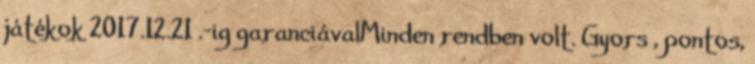
játékok 2017.12.21 .-ig garanciávalMinden rendben volt. Gyors , pontos,